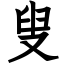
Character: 叟